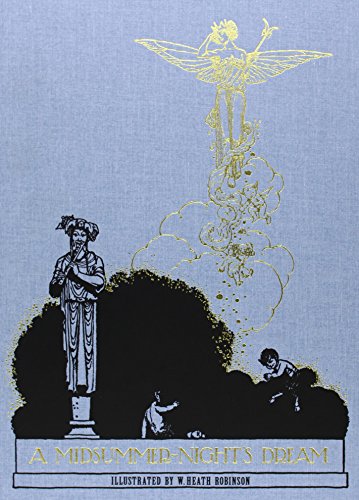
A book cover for A Midsummer Night's Dream (Calla Editions); William Shakespeare; Literature & Fiction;